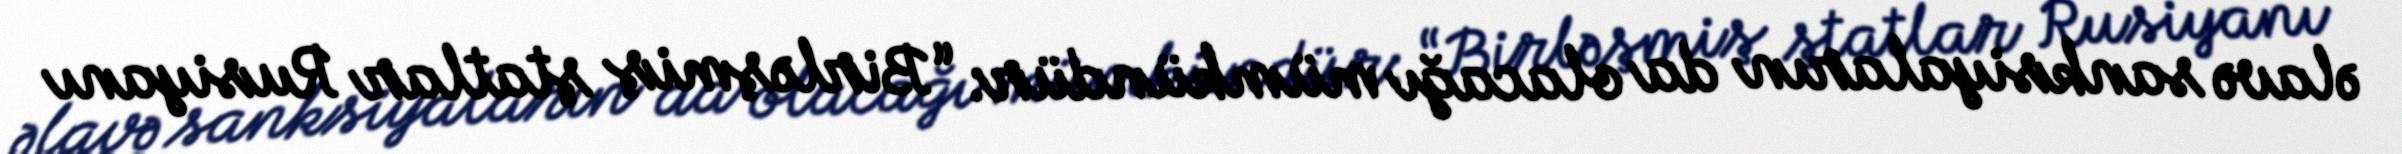
əlavə sanksiyaların da olacağı mümkündür: “Birləşmiş ştatlar Rusiyanı